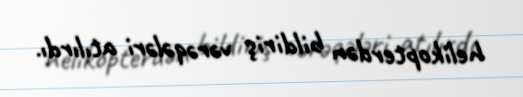
helikopterdən bildiriş vərəqələri atılırdı.